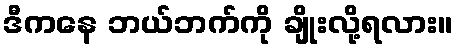
ဒီကနေ ဘယ်ဘက်ကို ချိုးလို့ရလား။